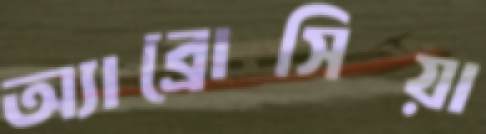
অ্যাব্রোসিয়া